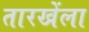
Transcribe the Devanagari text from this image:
तारखेंला